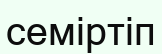
семіртіп